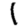
Digit: 1